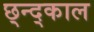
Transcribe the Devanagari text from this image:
छ्न्द्काल